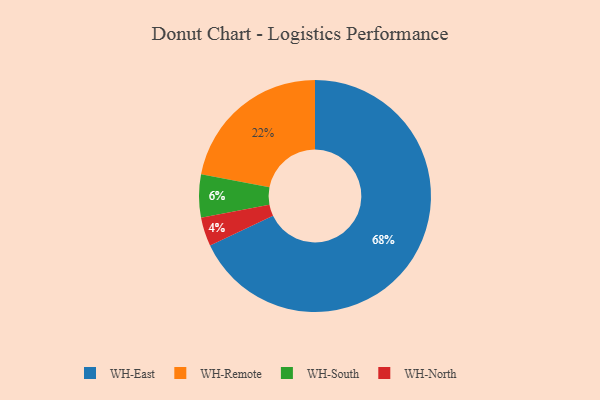
{"axis": {"x": "Category", "y": "Percentage"}, "legend": ["WH-East", "WH-North", "WH-Remote", "WH-South"], "data": [{"x": "WH-North", "y": 4, "type": "WH-North"}, {"x": "WH-East", "y": 68, "type": "WH-East"}, {"x": "WH-South", "y": 6, "type": "WH-South"}, {"x": "WH-Remote", "y": 22, "type": "WH-Remote"}]}